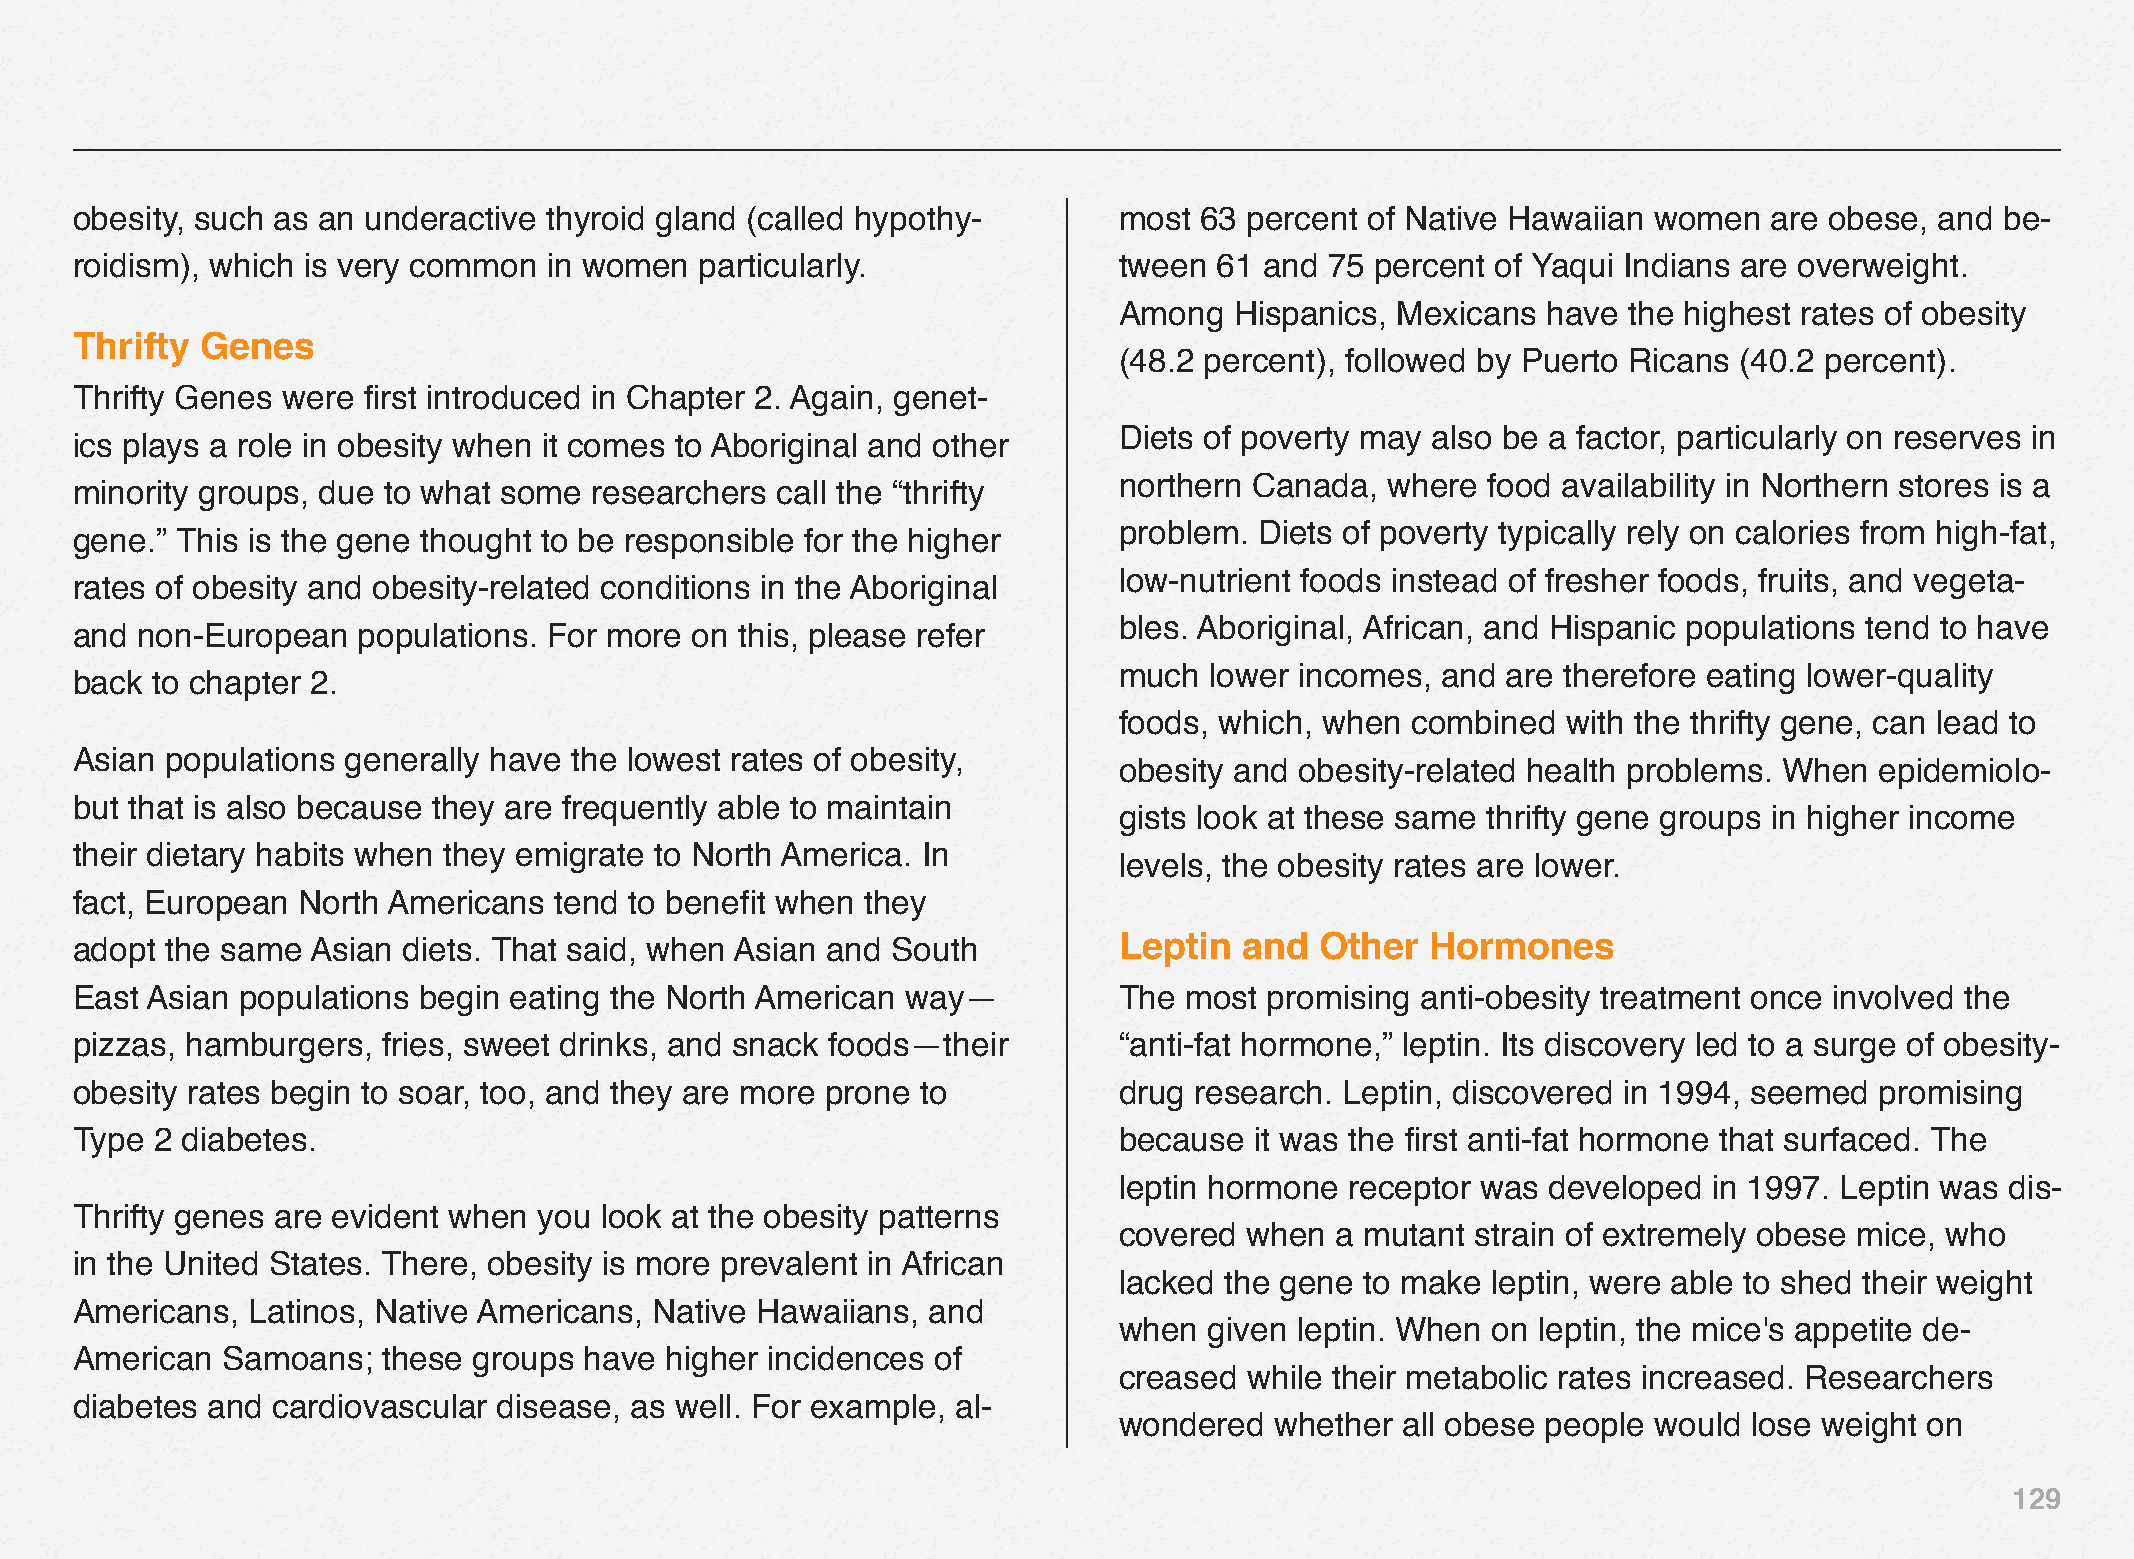
obesity, such as an underactive thyroid gland (called hypothy-       most 63  percent of Native Hawaiian women  are obese, and  be-
 roidism), which is very common in women  particularly.               tween  61 and 75 percent of Yaqui Indians are overweight.
 Among   Hispanics, Mexicans have  the highest rates of obesity
 Thrifty Genes
 (48.2 percent), followed by Puerto Ricans (40.2 percent).
 Thrifty Genes were first introduced in Chapter 2. Again, genet-
 Diets of poverty may also be a factor, particularly on reserves in
 ics plays a role in obesity when it comes to Aboriginal and other
 northern Canada,  where food availability in Northern stores is a
 minority groups, due to what some researchers call the “thrifty
 problem. Diets of poverty typically rely on calories from high-fat,
 gene.” This is the gene thought to be responsible for the higher
 low-nutrient foods instead of fresher foods, fruits, and vegeta-
 rates of obesity and obesity-related conditions in the Aboriginal
 bles. Aboriginal, African, and Hispanic populations tend to have
 and non-European   populations. For more on this, please refer
 much  lower incomes, and  are therefore eating lower-quality
 back to chapter 2.
 foods, which, when combined   with the thrifty gene, can lead to
 Asian populations generally have the lowest rates of obesity,
 obesity and obesity-related health problems. When epidemiolo-
 but that is also because they are frequently able to maintain
 gists look at these same thrifty gene groups in higher income
 their dietary habits when they emigrate to North America. In
 levels, the obesity rates are lower.
 fact, European North Americans  tend to benefit when they
 adopt the same  Asian diets. That said, when Asian and South         Leptin  and  Other   Hormones
 East Asian populations begin eating the North American way—          The most  promising anti-obesity treatment once involved the
 pizzas, hamburgers, fries, sweet drinks, and snack foods—their       “anti-fat hormone,” leptin. Its discovery led to a surge of obesity-
 obesity rates begin to soar, too, and they are more prone to         drug research. Leptin, discovered in 1994, seemed promising
 Type 2 diabetes.                                                     because  it was the first anti-fat hormone that surfaced. The
 leptin hormone receptor was  developed in 1997. Leptin was dis-
 Thrifty genes are evident when you look at the obesity patterns
 covered  when a mutant  strain of extremely obese mice, who
 in the United States. There, obesity is more prevalent in African
 lacked the gene to make  leptin, were able to shed their weight
 Americans, Latinos, Native Americans, Native Hawaiians, and
 when  given leptin. When on leptin, the mice's appetite de-
 American  Samoans;  these groups  have higher incidences of
 creased  while their metabolic rates increased. Researchers
 diabetes and cardiovascular disease, as well. For example, al-
 wondered  whether  all obese people would lose weight on
 129